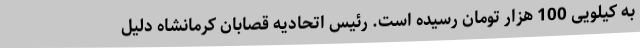
به کیلویی 100 هزار تومان رسیده است. رئیس اتحادیه قصابان کرمانشاه دلیل